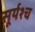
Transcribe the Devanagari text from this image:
सूर्यश्च